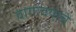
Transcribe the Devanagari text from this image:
वागावयाचे